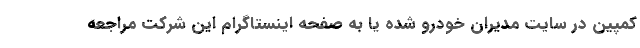
کمپین در سایت مدیران خودرو شده یا به صفحه اینستاگرام این شرکت مراجعه